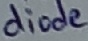
Text: diode